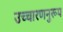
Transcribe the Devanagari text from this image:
उच्चारणनुरूप